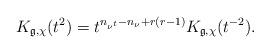
LaTeX: \begin{align*}K_{\mathfrak{g},\chi}(t^2) = t^{n_{\nu^t}-n_{\nu} + r(r-1)} K_{\mathfrak{g},\chi}(t^{-2}).\end{align*}